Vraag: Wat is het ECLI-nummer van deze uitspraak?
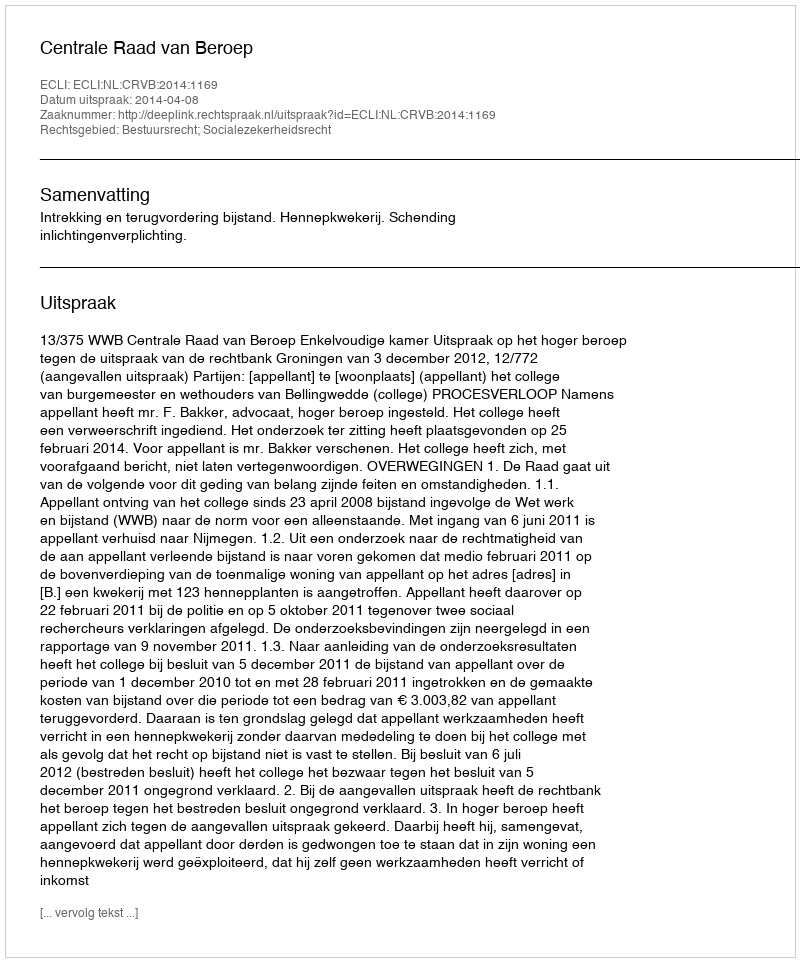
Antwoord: ECLI:NL:CRVB:2014:1169